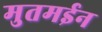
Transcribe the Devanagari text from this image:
मुतमईन